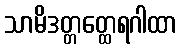
သာမိဒတ္တတ္ထေရဂါထာ